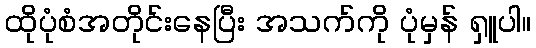
ထိုပုံစံအတိုင်းနေပြီး အသက်ကို ပုံမှန် ရှူပါ။